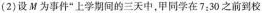
(2)设M为事件”上学期间的三天中，甲同学在7：30之前到校